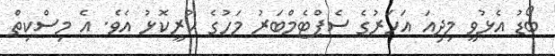
ބޯޑު އެޅުވީ މިދިއަ އަހަރުގެ ސެޕްޓެމްބަރު މަހުގެ ކުރީކޮޅު އެވެ. އެ މިސްކިތް